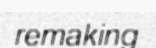
remaking